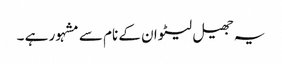
یہ جھیل لیٹوان کے نام سے مشہور ہے ۔